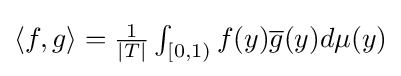
{\textstyle \langle f,g\rangle ={\frac {1}{|T|}}\int _{[0,1)}f(y){\overline {g}}(y)d\mu (y)}